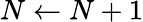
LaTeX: N\gets N+1